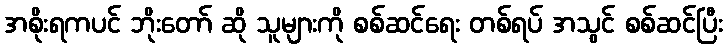
အစိုးရကပင် ဘိုးတော် ဆို သူများကို စစ်ဆင်ရေး တစ်ရပ် အသွင် စစ်ဆင်ပြီး